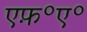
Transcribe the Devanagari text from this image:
एफ़॰ए॰